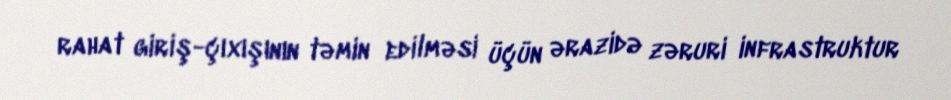
rahat giriş-çıxışının təmin edilməsi üçün ərazidə zəruri infrastruktur